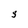
Character: S